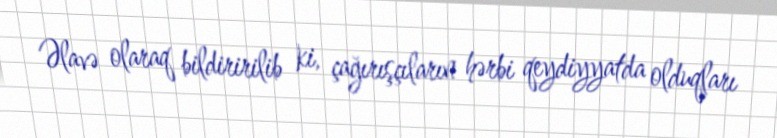
Əlavə olaraq bildiririlib ki, çağırışçıların hərbi qeydiyyatda olduqları